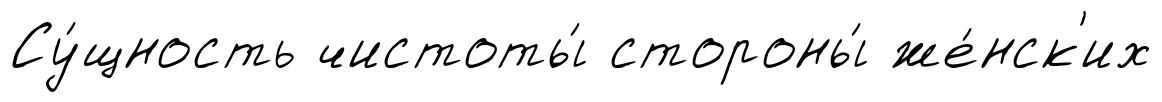
Су́щность чистоты́ стороны́ же́нск'их